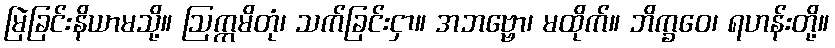
မြဲခြင်းနိယာမသို့။ ဩက္ကမိတုံ၊ သက်ခြင်းငှာ။ အဘဗ္ဗော၊ မထိုက်။ ဘိက္ခဝေ၊ ရဟန်းတို့။